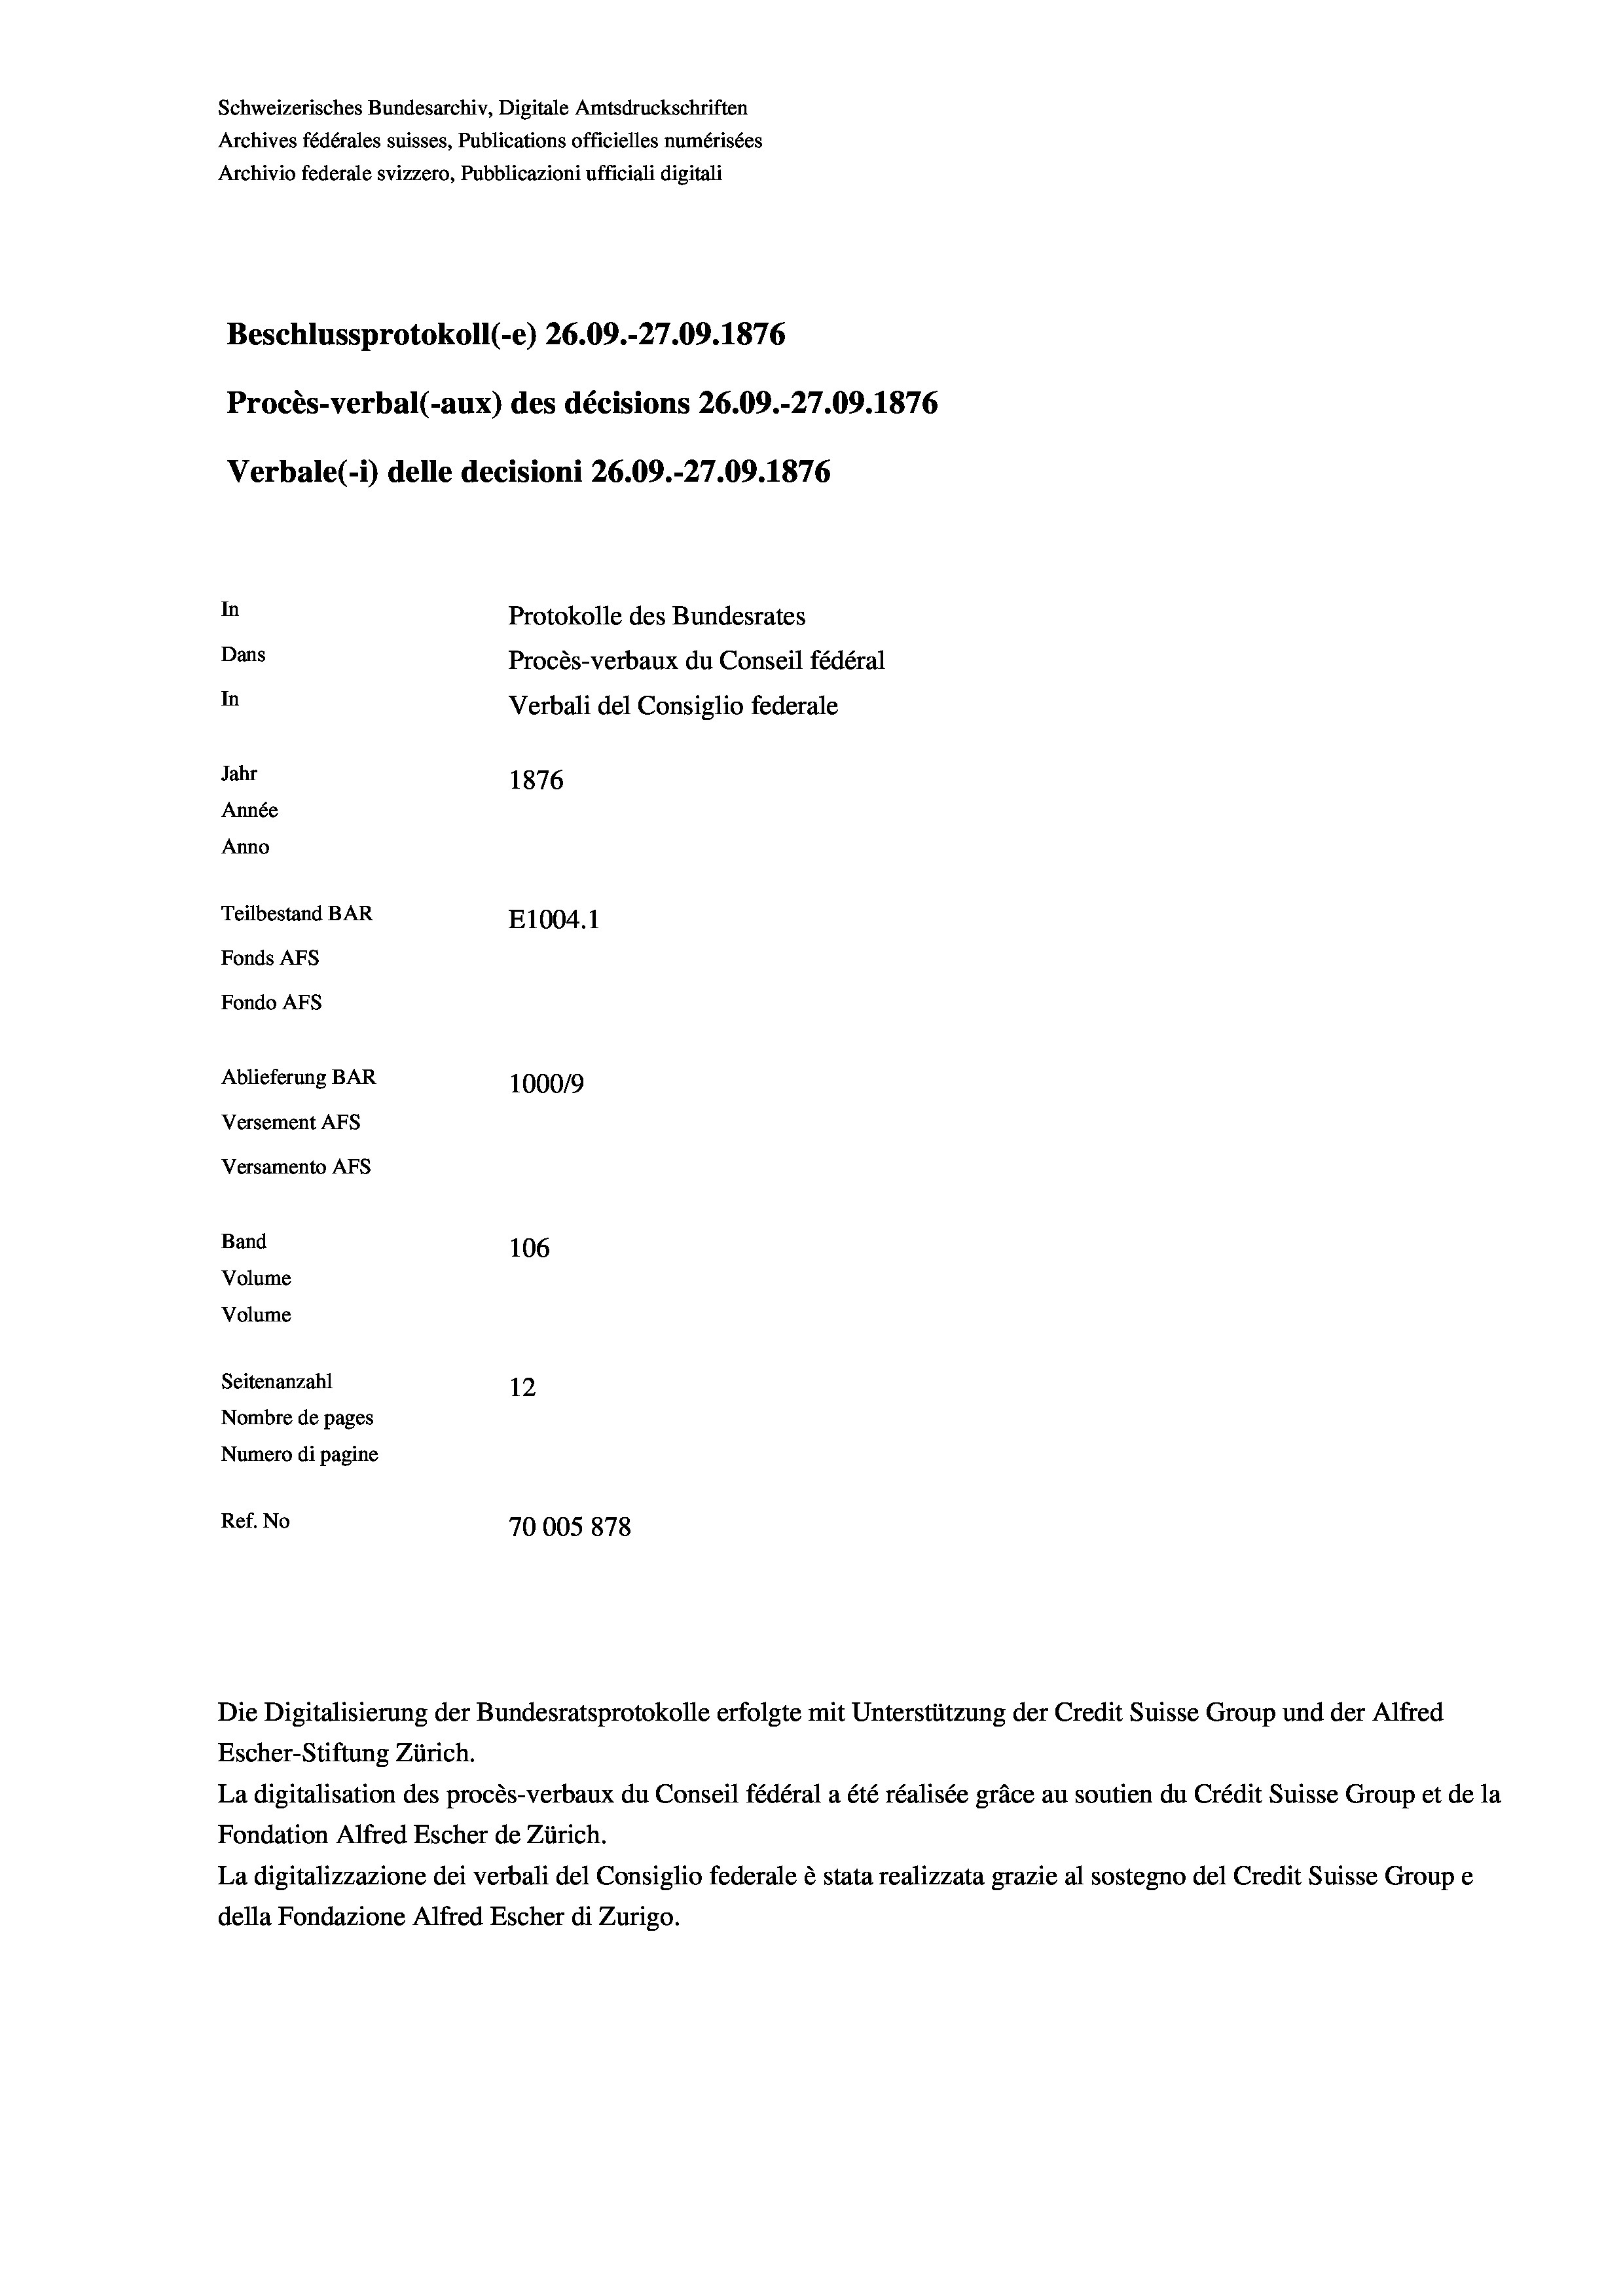
Schweizerisches Bundesarchiv, Digitale Amtsdruckschriften
Archives fédérales suisses, Publications officielles numérisées
Archivio federale svizzero, Pubblicazioni ufficiali digitali
Beschlussprotokoll (-e) 26.09.-27.09. 1876
Procès-verbal (-aux) des décisions 26.09.-27.09. 1876
Verbale (i) delle decisioni 26.09.-27.09. 1876
In
Protokolle des Bundesrates
Dans
Procès-verbaux du Conseil fédéral
In
Verbali del Consiglio federale
Jahr
1876
Année
Anno
Teilbestand BAR
E1004.1
Fonds AFs
Fondo Afs
Ablieferung BAR
100019
Versement AFs
Versamento Afs
Band
106
Volume
Volume
Seitenanzahl
12
Nombre de pages
Numero di pagine
Ref. No
70005878

Die Digitalisierung der Bundesratsprotokolle erfolgte mit Unterstützung der Credit Suisse Group und der Alfred
Escher-Stiftung Zürich.
La digitalisation des procès-verbaux du Conseil fédéral a été réalisée gräce au soutien du Crédit Suisse Group et de la
Fondation Alfred Escher de Zürich.
La digitalizzazione dei verbali del Consiglio federale è stata realizzata grazie al sostegno del Credit Suisse Groupe
della Fondazione Alfred Escher di Zurigo.